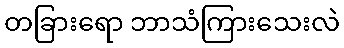
တခြားရော ဘာသံကြားသေးလဲ